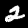
Label: 2